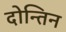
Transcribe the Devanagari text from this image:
दोन्तिन